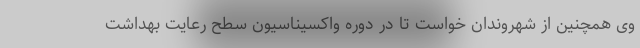
وی همچنین از شهروندان خواست تا در دوره واکسیناسیون سطح رعایت بهداشت